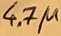
Text: 4.7µ